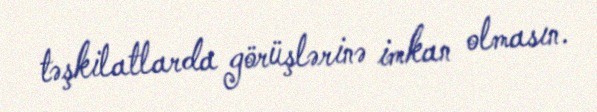
təşkilatlarda görüşlərinə imkan olmasın.